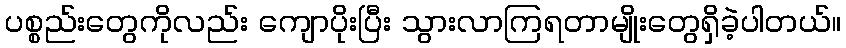
ပစ္စည်းတွေကိုလည်း ကျောပိုးပြီး သွားလာကြရတာမျိုးတွေရှိခဲ့ပါတယ်။